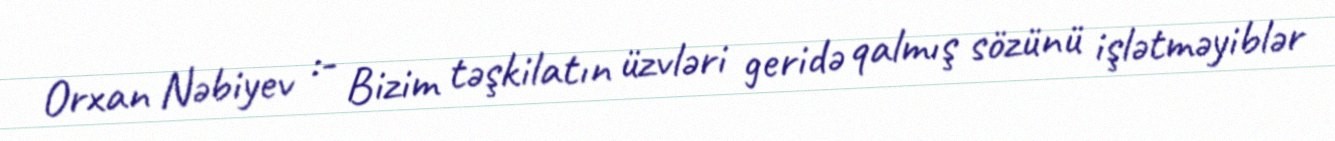
Orxan Nəbiyev :- Bizim təşkilatın üzvləri geridə qalmış sözünü işlətməyiblər